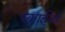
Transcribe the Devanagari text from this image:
स्काईनर्ड